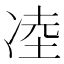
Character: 㓐